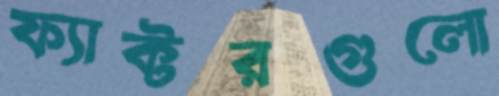
ফ্যাক্টরগুলো